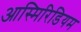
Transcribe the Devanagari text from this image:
आस्मिरिडियम